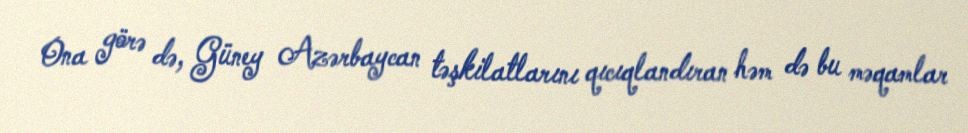
Ona görə də, Güney Azərbaycan təşkilatlarını qıcıqlandıran həm də bu məqamlar